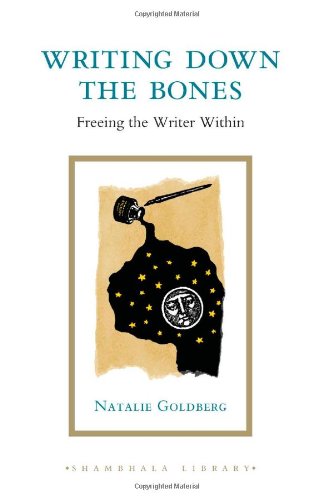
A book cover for Writing Down the Bones: Freeing the Writer Within (Shambhala Library); Natalie Goldberg; Reference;